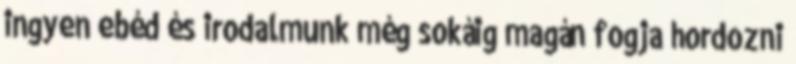
ingyen ebéd és irodalmunk még sokáig magán fogja hordozni